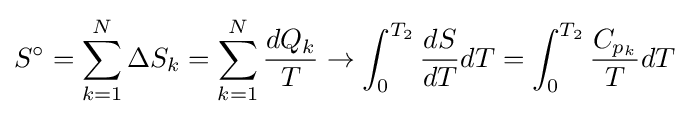
S^{\circ }=\sum _{k=1}^{N}\Delta S_{k}=\sum _{k=1}^{N}{\frac {dQ_{k}}{T}}\rightarrow \int _{0}^{T_{2}}{\frac {dS}{dT}}dT=\int _{0}^{T_{2}}{\frac {C_{p_{k}}}{T}}dT